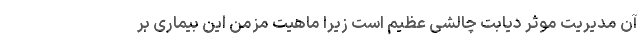
آن مدیریت موثر دیابت چالشی عظیم است زیرا ماهیت مزمن این بیماری بر